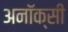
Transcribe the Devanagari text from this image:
अनॉक्सी